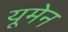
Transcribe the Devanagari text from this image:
यूमेन